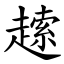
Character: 䞽